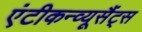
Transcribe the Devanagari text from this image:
एंटीकन्व्यूसैंट्स